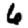
Digit: 6